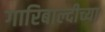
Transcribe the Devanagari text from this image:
गारिबाल्दीच्या